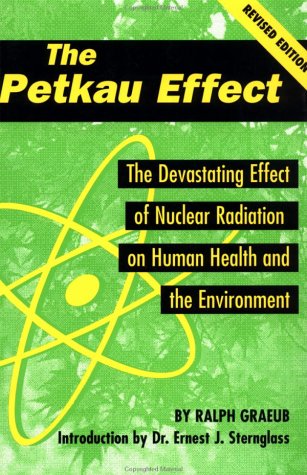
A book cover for The Petkau Effect: The Devasting Effect of Nuclear Radiation on Human Health and the Environment; Ralph Graeub; Science & Math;